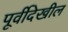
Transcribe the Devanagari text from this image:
पूर्वीदेखील